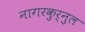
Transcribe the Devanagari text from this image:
नागरकुर्नुल